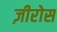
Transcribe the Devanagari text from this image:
ज़ीरोस